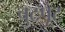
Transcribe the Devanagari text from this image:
चुटपूट